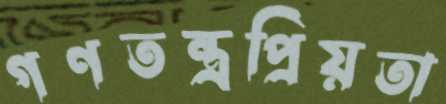
গণতন্ত্রপ্রিয়তা